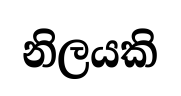
නිලයකි